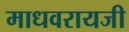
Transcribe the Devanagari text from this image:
माधवरायजी